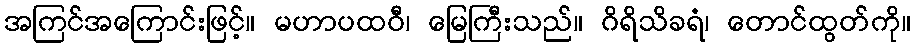
အကြင်အကြောင်းဖြင့်။ မဟာပထဝီ၊ မြေကြီးသည်။ ဂိရိသိခရံ၊ တောင်ထွတ်ကို။